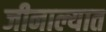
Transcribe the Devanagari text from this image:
जीनाल्यात